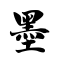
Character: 墨